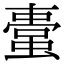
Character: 𧏋